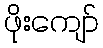
ဖိုးကျော်